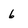
Character: 6